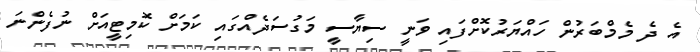
އެ ދެ މެމްބަރުން ހައްޔަރުކޮށްފައި ވަނީ ސިޔާސީ މަގުސަދެއްގައި ކަމަށް ކޮމިޓީއަށް ނުފެންނަ